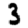
Digit: 3